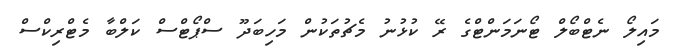
މައިލޯ ނެޓްބޯލް ޓޯނަމަންޓްގެ ރޭ ކުޅުނު މެޗުތަކުން މަހިބަދޫ ސްޕޯޓްސް ކަލްބާ މެޓްރިކްސް